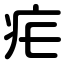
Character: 疟